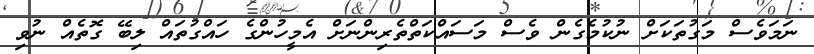
ނަމަވެސް މަގުތަކަށް ނުކުމެގެން ވެސް މަސައްކަތްތެރިންނަށް އެމީހުންގެ ހައްގުތައް ލިބޭ ގޮތެއް ނުވި